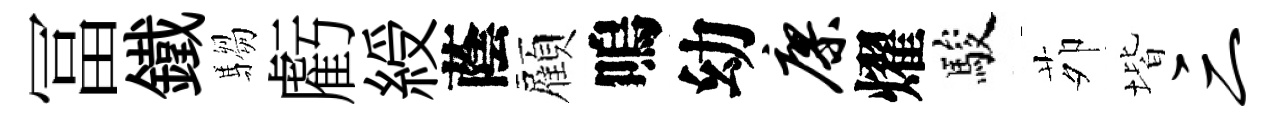
冨鐵騶虧綬蔭顏嗚幼廖燿駿茆堦三